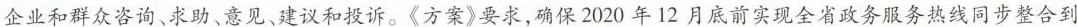
企业和群众咨询、求助、意见、建议和投诉。《方案》要求，确保2020年12月底前实现全省政务服务热线同步整合到